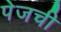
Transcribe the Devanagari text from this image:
पेजची